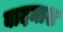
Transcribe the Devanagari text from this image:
बादमाश